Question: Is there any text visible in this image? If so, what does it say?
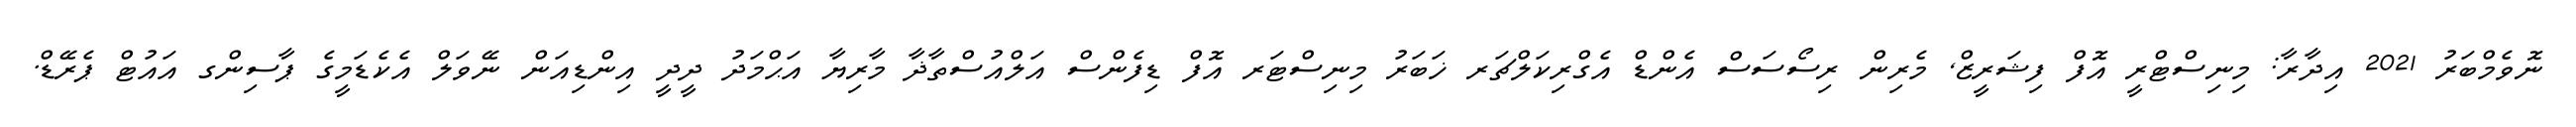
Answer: ނޮވެމްބަރު 2021 އިދާރާ: މިނިސްޓްރީ އޮފް ފިޝަރީޒް, މެރިން ރިސޯސަސް އެންޑް އެގްރިކަލްޗަރ ޚަބަރު މިނިސްޓަރ އޮފް ޑިފެންސް އަލްއުސްތާޛާ މާރިޔާ އަޙްމަދު ދީދީ އިންޑިއަން ނޭވަލް އެކެޑަމީގެ ޕާސިންގ އައުޓް ޕެރޭޑް.